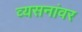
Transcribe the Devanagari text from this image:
व्यसनांवर